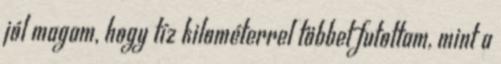
jól magam, hogy tíz kilométerrel többet futottam, mint a